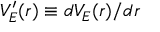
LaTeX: V _ { E } ^ { \prime } ( r ) \equiv d V _ { E } ( r ) / d r